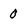
Character: 0